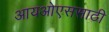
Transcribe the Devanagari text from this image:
आयओएससाठी